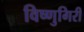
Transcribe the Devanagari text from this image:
विष्णुगिरी